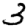
Digit: 3